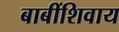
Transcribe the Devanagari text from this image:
बाबींशिवाय